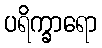
ပရိက္ခာရော